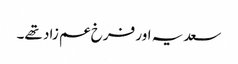
سعدیہ اور فرخ عم زاد تھے۔